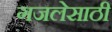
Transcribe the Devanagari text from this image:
गजलेसाठी